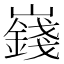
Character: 𪩞